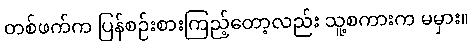
တစ်ဖက်က ပြန်စဉ်းစားကြည့်တော့လည်း သူ့စကားက မမှား။